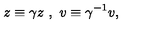
z \equiv \gamma z \ , \ v \equiv \gamma ^ { - 1 } v ,